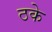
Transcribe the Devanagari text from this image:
ठके